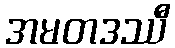
အမတဒဿီ